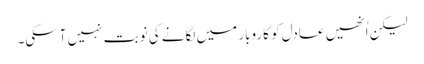
لیکن اُنھیں عادل کو کاروبار میں لگانے کی نوبت نہیں آسکی۔